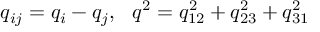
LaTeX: q _ { i j } = q _ { i } - q _ { j } , \ \ q ^ { 2 } = q _ { 1 2 } ^ { 2 } + q _ { 2 3 } ^ { 2 } + q _ { 3 1 } ^ { 2 }